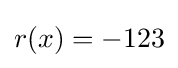
r(x)=-123